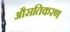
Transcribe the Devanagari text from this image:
औसतिकरण